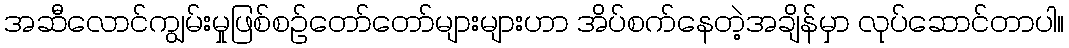
အဆီလောင်ကျွမ်းမှုဖြစ်စဉ်တော်တော်များများဟာ အိပ်စက်နေတဲ့အချိန်မှာ လုပ်ဆောင်တာပါ။